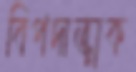
বিপদাত্মক